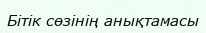
Бітік сөзінің анықтамасы